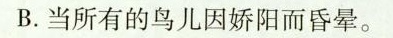
B.当所有的鸟儿因娇阳而昏晕。